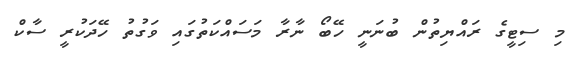
މި ސިޓީގެ ރައްޔިތުން ބުނަނީ ހޭބޯ ނާރާ މަސައްކަތުގައި ވަގުތު ހޭދަކުރީ ސާކް